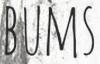
BUMS